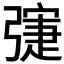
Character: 𢐛